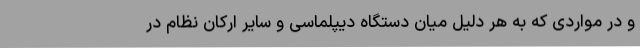
و در مواردی که به هر دلیل میان دستگاه دیپلماسی و سایر ارکان نظام در